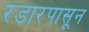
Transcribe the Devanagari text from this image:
रडारपासून